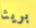
بريئا